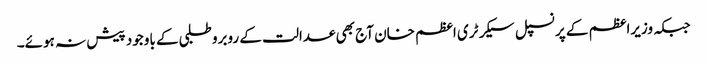
جبکہ وزیراعظم کے پرنسپل سیکرٹری اعظم خان آج بھی عدالت کے روبرو طلبی کے باوجود پیش نہ ہوئے۔